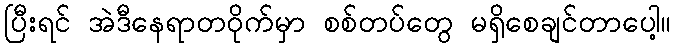
ပြီးရင် အဲဒီနေရာတဝိုက်မှာ စစ်တပ်တွေ မရှိစေချင်တာပေါ့။